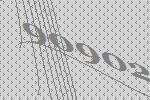
90902